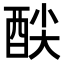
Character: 𮠦